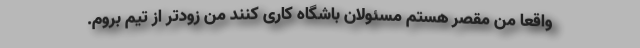
واقعا من مقصر هستم مسئولان باشگاه کاری کنند من زودتر از تیم بروم.